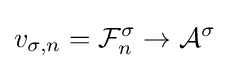
v_{\sigma ,n}={\mathcal {F}}_{n}^{\sigma }\to {\mathcal {A}}^{\sigma }